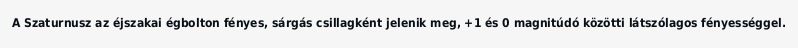
A Szaturnusz az éjszakai égbolton fényes, sárgás csillagként jelenik meg, +1 és 0 magnitúdó közötti látszólagos fényességgel.